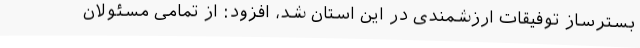
بسترساز توفیقات ارزشمندی در این استان شد، افزود: از تمامی مسئولان